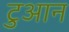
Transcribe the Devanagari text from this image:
टुआन